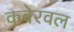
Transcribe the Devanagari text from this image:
कबेरवल